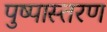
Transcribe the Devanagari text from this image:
पुष्पास्तरण